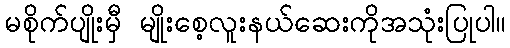
မစိုက်ပျိုးမှီ မျိုးစေ့လူးနယ်ဆေးကိုအသုံးပြုပါ။